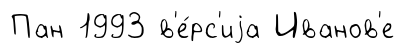
Пан 1993 в'е́рс'иjа Иванов'е